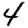
Digit: 4